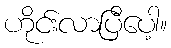
ဟိုင်းလာပြီပေါ့။